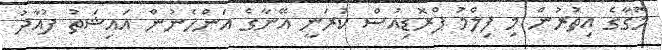
މޮގާގެ އިތުރުން މި ފިލްމު ޕްރޮޑިއުސް ކުރަނީ އޭނާގެ އަންހެނުން އައިޝަތު ފުއާދު